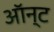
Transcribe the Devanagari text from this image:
ऑन्ट